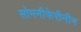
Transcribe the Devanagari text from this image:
सोमनीफेरीनीन